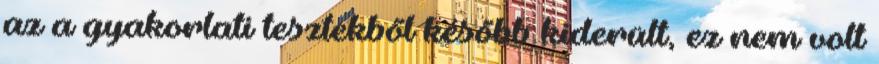
az a gyakorlati tesztekből később kiderült, ez nem volt